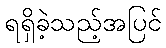
ရရှိခဲ့သည့်အပြင်